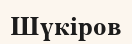
Шүкіров